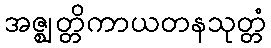
အဇ္ဈတ္တိကာယတနသုတ္တံ